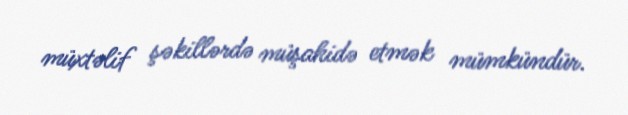
müxtəlif şəkillərdə müşahidə etmək mümkündür.